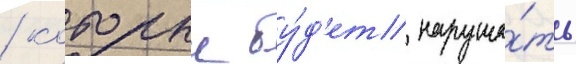
/ которыи бу́д'ет наруша́ть